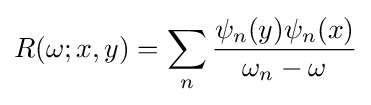
R(\omega ;x,y)=\sum _{n}{\frac {\psi _{n}(y)\psi _{n}(x)}{\omega _{n}-\omega }}